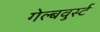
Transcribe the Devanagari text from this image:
गेल्बवुर्स्ट